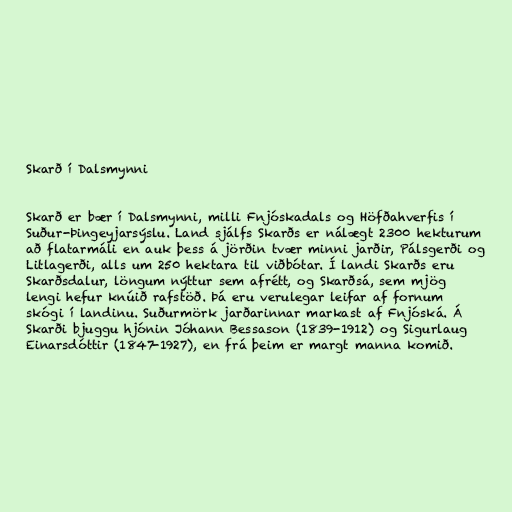
Skarð í Dalsmynni

Skarð er bær í Dalsmynni, milli Fnjóskadals og Höfðahverfis í
Suður-Þingeyjarsýslu. Land sjálfs Skarðs er nálægt 2300 hekturum
að flatarmáli en auk þess á jörðin tvær minni jarðir, Pálsgerði og
Litlagerði, alls um 250 hektara til viðbótar. Í landi Skarðs eru
Skarðsdalur, löngum nýttur sem afrétt, og Skarðsá, sem mjög
lengi hefur knúið rafstöð. Þá eru verulegar leifar af fornum
skógi í landinu. Suðurmörk jarðarinnar markast af Fnjóská. Á
Skarði bjuggu hjónin Jóhann Bessason (1839-1912) og Sigurlaug
Einarsdóttir (1847-1927), en frá þeim er margt manna komið.